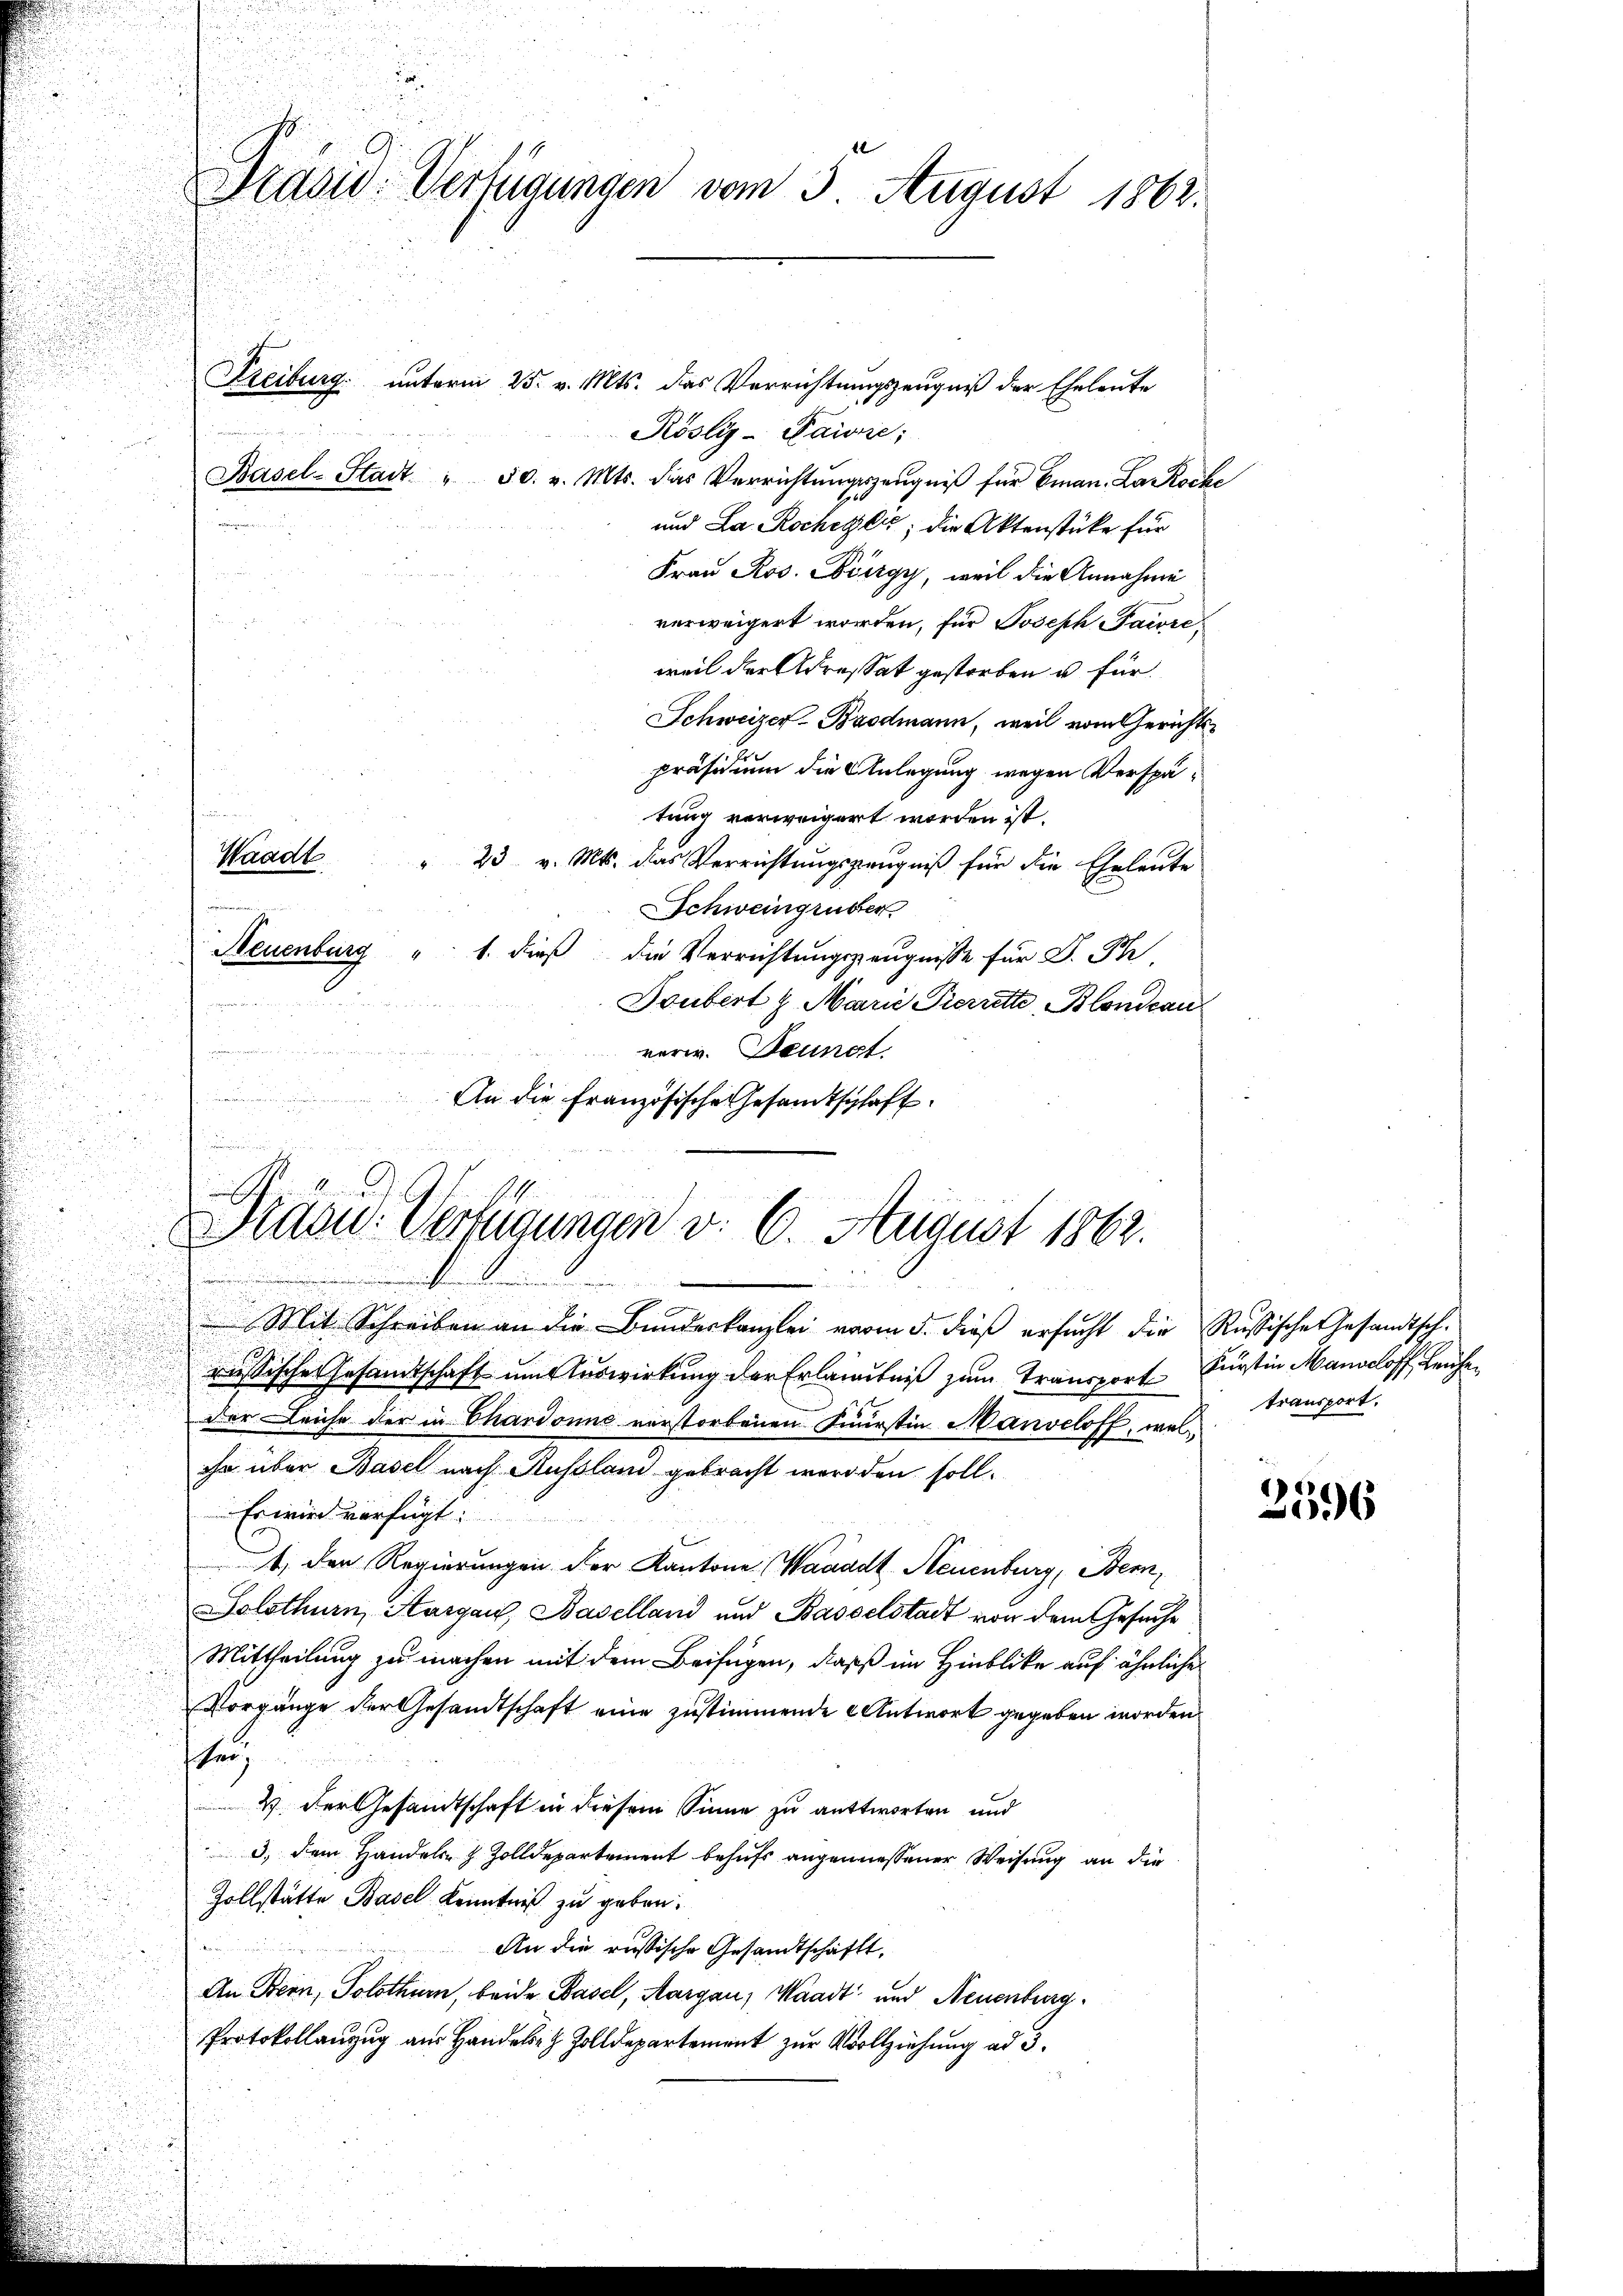
.

Präsid. Verfügungen vom 3. August 1862.

vier wi

Waadt
un übers in de

.

Präsid. Verfügungen v. 6. August 1862.
w
Mit Schreiben an die Bundeskanzlei vom 5. dieß ersucht die Russische Gesandtsch-

russische Gesandtschaft um Auswirkung der Erlaubniß zum Transport Fürstin Mangeloff, Leuchen
der Leiche der in Chardonne verstorbenen Feurstin Manveloff, welihr über Basel nach Russland gebracht werden soll.
Er wird verfügt:
4, der Regierungen der Kantone (Waaadt, Neuenburg, Bern,
Solothurn, Aargau, Baselland und Basselstadt von dem Gesuche
Mittheilung zu machen mit dem Beifügen, daß im Hinblicke auf ähnliche
Vorgänge der Gesandtschaft eine zustimmende Antwort gegeben worden.
schen,
2) Der Gesandtschaft in diesem Sinne zu antworten und
3, dem Handels- & Zolldepartement behufs angemessener Weisung an die
Zollstätte Basel Kenntniß zu geben.
An die russische Gesandtschaft,
An Stein, Solothur, beide Basel, Aargau, Waadt und Neuenburg
Protokollanzug aus Handl. z. Zolldepartement zur Vollziehung ad 3.

Freiburg unterm 25. v. Mts. das Verrichtungszeugniß der Eheleute
Rösliz-Pawie:
Basel-Stadt " 50. v. Mts. das Verrichtŭngszeŭgniβ für Eman. La Roche
und La Rochetzer; die Aktenstüke für
Frau Ros. Biirgy, weil die Annahme
verweigert worden, für Joseph Paivre
weil der Adressat gestorben u. für
Schweizer-Brodmann, weil vom Gerichtspräsidium die Anlegung wegen Verspätung verweigert worden ist.
" 23. v. Mts. das Verrichtungszeugniß für die Eheleute
Schweingruber
Neuenburg " 1. dieß die Verrichtungszeugnisse für D. Ph
in einer
Doubert 8 Marie Pierrette Blondeau
a
verw. Heungt.
An die Französische Gesandtschaft.

transport.

.
96